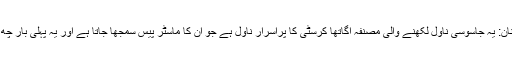
6 – اینڈ دھین دئیر وَر نان: یہ جاسوسی ناول لکھنے والی مصنفہ آگاتھا کرسٹی کا پراسرار ناول ہے جو ان کا ماسٹر پیس سمجھا جاتا ہے اور یہ پہلی بار چھ نومبر 1939 کو چھپا۔